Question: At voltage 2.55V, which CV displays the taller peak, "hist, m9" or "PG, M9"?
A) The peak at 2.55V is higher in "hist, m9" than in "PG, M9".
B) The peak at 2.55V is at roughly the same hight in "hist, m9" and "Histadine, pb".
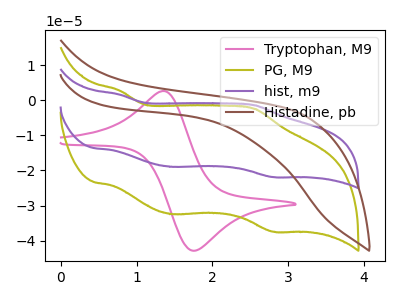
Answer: <think>The pink curve "Tryptophan, M9" has an anodic peak at (1.35V, 2.60uA) and a cathodic peak at (1.75V, -42.85uA). The olive curve "PG, M9" has anodic peaks at (0.75V, 2.80uA) (2.55V, -2.45uA) and cathodic peaks at (1.45V, -32.45uA) (2.80V, -37.45uA). The purple curve "hist, m9" has anodic peaks at (0.75V, 1.65uA) (2.55V, -1.40uA) and cathodic peaks at (1.45V, -18.95uA) (2.80V, -21.90uA). The brown curve "Histadine, pb" has no peaks.</think>
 <answer>A) The peak at 2.55V is higher in "hist, m9" than in "PG, M9".</answer>
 <eval>A</eval>